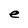
Character: e